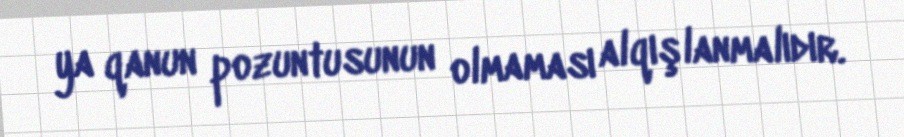
ya qanun pozuntusunun olmaması alqışlanmalıdır.